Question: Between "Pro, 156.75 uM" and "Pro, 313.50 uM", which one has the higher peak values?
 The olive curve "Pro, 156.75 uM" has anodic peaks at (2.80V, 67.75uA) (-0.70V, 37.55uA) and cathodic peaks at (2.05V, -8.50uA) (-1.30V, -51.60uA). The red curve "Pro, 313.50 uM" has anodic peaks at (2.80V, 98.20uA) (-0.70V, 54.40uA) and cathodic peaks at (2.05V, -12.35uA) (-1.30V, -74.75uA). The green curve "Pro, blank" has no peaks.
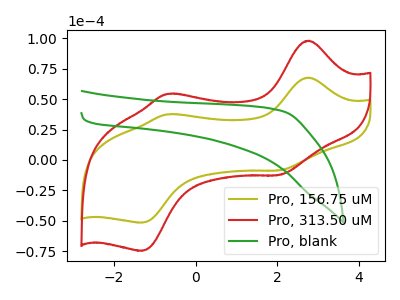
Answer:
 <answer>Every peak in "Pro, 156.75 uM" is lower than every peak in "Pro, 313.50 uM".</answer>
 <eval>lower</eval>